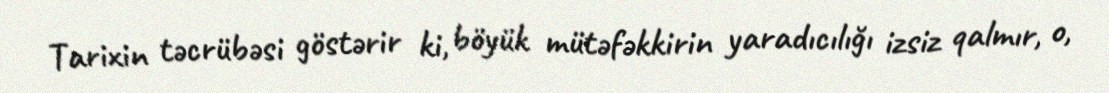
Tarixin təcrübəsi göstərir ki, böyük mütəfəkkirin yaradıcılığı izsiz qalmır, o,